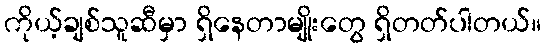
ကိုယ့်ချစ်သူဆီမှာ ရှိနေတာမျိုးတွေ ရှိတတ်ပါတယ်။